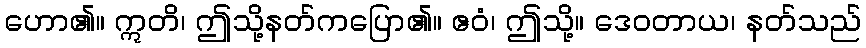
ဟော၏။ ဣတိ၊ ဤသို့နတ်ကပြော၏။ ဧဝံ၊ ဤသို့။ ဒေဝတာယ၊ နတ်သည်